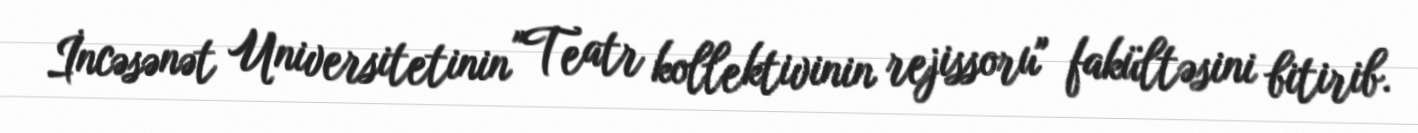
İncəsənət Universitetinin "Teatr kollektivinin rejissoru" fakültəsini bitirib.